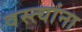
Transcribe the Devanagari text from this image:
वस्त्यांना